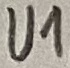
Text: U1